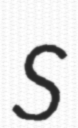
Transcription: S